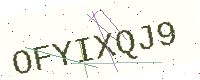
Text: OFYIXQJ9